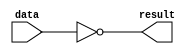
module lpm_inv (
    data,   // Data input to the lpm_inv. (Required)
    result  // inverted result. (Required)
);

// GLOBAL PARAMETER DECLARATION
    parameter lpm_width = 1; // Width of the data[] and result[] ports. (Required)
    parameter lpm_type = "lpm_inv";
    parameter lpm_hint = "UNUSED";

// INPUT PORT DECLARATION
    input  [lpm_width-1:0] data;

// OUTPUT PORT DECLARATION
    output [lpm_width-1:0] result;

// INTERNAL REGISTERS DECLARATION
    reg    [lpm_width-1:0] result;

// INITIAL CONSTRUCT BLOCK
    initial
    begin
        if (lpm_width <= 0)
        begin
            $display("Value of lpm_width parameter must be greater than 0 (ERROR)");
            $display("Time: %0t  Instance: %m", $time);
            $finish;
        end
    end

// ALWAYS CONSTRUCT BLOCK
    always @(data)
        result = ~data;

endmodule